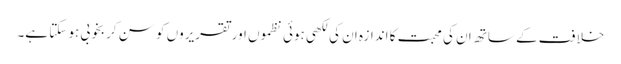
خلافت کے ساتھ ان کی محبت کا اندازہ ان کی لکھی ہوئی نظموں اور تقریروں کو سن کر بخوبی ہو سکتا ہے۔